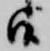
候